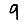
Digit: 9